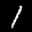
Label: 1